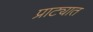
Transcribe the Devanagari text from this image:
प्राट्यात